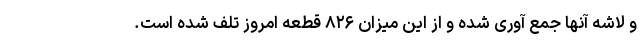
و لاشه آنها جمع آوری شده و از این میزان ۸۲۶ قطعه امروز تلف شده است.